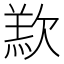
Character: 𣣵